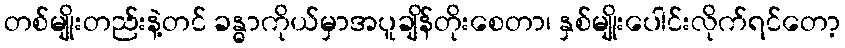
တစ်မျိုးတည်းနဲ့တင် ခန္ဓာကိုယ်မှာအပူချိန်တိုးစေတာ၊ နှစ်မျိုးပေါင်းလိုက်ရင်တော့